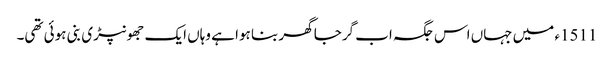
1511ء میں جہاں اس جگہ اب گرجا گھر بنا ہوا ہے وہاں ایک جھونپڑی بنی ہوئی تھی۔